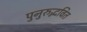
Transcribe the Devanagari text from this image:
पुनुरुद्भवित